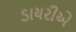
ડાયરીએ